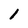
Character: 1